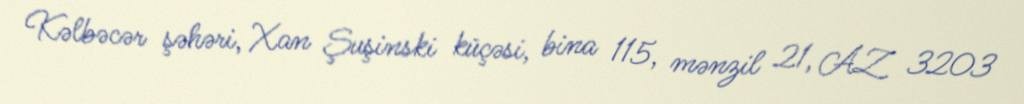
Kəlbəcər şəhəri, Xan Şuşinski küçəsi, bina 115, mənzil 21, AZ 3203